Problem: 11 × 8 = ?
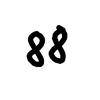
Handwritten answer: 88